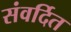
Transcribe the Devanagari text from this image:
संवर्दित